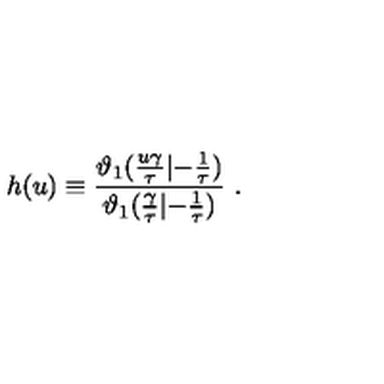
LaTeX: h ( u ) \equiv { \frac { \vartheta _ { 1 } ( { \frac { u \gamma } { \tau } } | { - { \frac { 1 } { \tau } } } ) } { \vartheta _ { 1 } ( { \frac { \gamma } { \tau } } | { - { \frac { 1 } { \tau } } } ) } } \ .